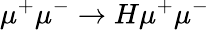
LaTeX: \mu^{+}\mu^{-}\to H\mu^{+}\mu^{-}